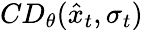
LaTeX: CD_{\theta}(\hat{x}_{t},\sigma_{t})